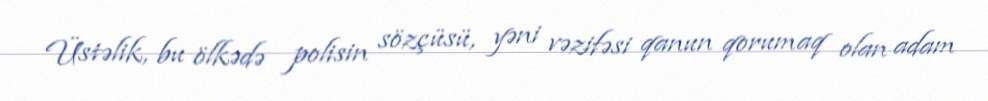
Üstəlik, bu ölkədə polisin sözçüsü, yəni vəzifəsi qanun qorumaq olan adam